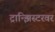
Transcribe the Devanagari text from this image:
ट्रान्झिस्टरवर